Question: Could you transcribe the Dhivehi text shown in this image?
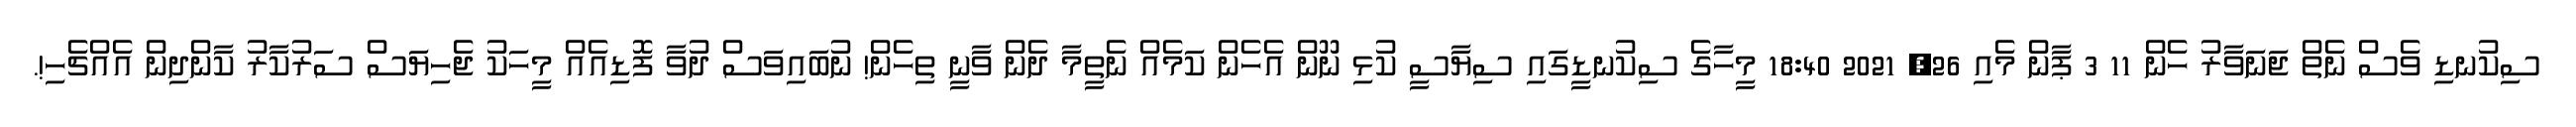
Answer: ސިކުނޑި ވެސް ނެތް ޖަނަވާރު ހެން 11 3 ޕާން މެއި 26, 2021 18:40 މީހާގެ ސިކުނޑީގައި ސިޔާސީ ކުޅި ނޫން އެހެން ކަމެއް ނެތީމާ ދެން ވާނީ ތިހެން! ނުބައިވަސް ދުވާ ފޮޑިއެއް މީހަކު ޖެހިޔަސް ސަރުކާރު ކާންދިން އެއްޗެހި!.